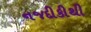
નજદીકીથી